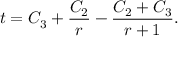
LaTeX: t = C _ { 3 } + \frac { C _ { 2 } } { r } - \frac { C _ { 2 } + C _ { 3 } } { r + 1 } .